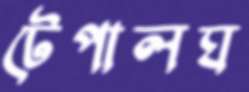
টেপালঘ